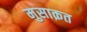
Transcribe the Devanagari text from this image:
मुसाक़त